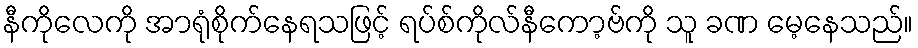
နီကိုလေကို အာရုံစိုက်နေရသဖြင့် ရပ်စ်ကိုလ်နီကော့ဗ်ကို သူ ခဏ မေ့နေသည်။